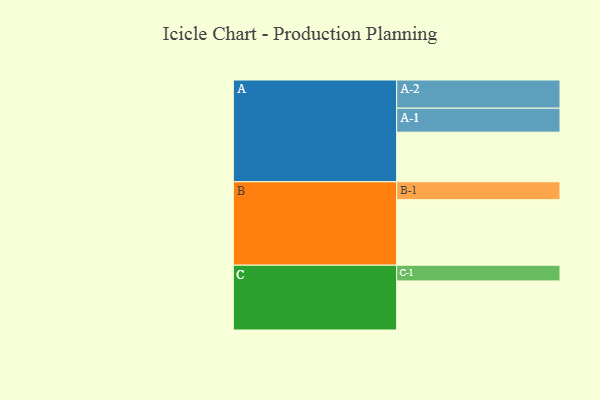
{"axis": {"x": "Segment", "y": "Value"}, "legend": ["", "A", "B", "C"], "data": [{"x": "A", "y": 435, "type": ""}, {"x": "B", "y": 574, "type": ""}, {"x": "C", "y": 430, "type": ""}, {"x": "A-1", "y": 210, "type": "A"}, {"x": "A-2", "y": 247, "type": "A"}, {"x": "B-1", "y": 157, "type": "B"}, {"x": "C-1", "y": 138, "type": "C"}]}